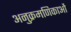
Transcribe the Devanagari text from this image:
अनुक्रमणिकाओं